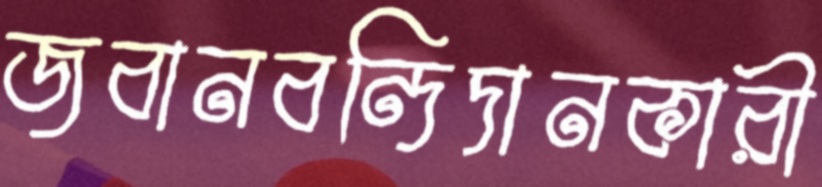
জবানবন্দিদানকারী